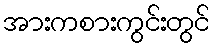
အားကစားကွင်းတွင်